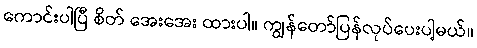
ကောင်းပါပြီ စိတ် အေးအေး ထားပါ။ ကျွန်တော်ပြန်လုပ်ပေးပါ့မယ်။